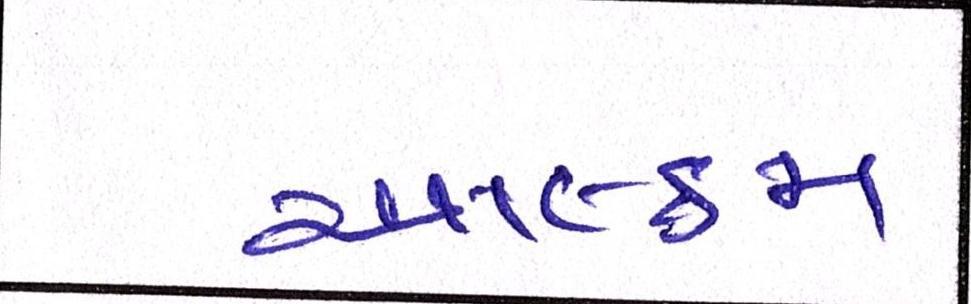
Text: આલ્કમ